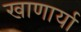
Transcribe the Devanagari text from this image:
खाणार्या